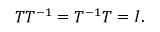
T T ^ { - 1 } = T ^ { - 1 } T = I .